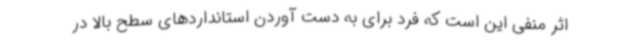
اثر منفی این است که فرد برای به دست آوردن استانداردهای سطح بالا در